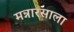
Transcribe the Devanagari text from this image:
मन्नारसाला